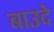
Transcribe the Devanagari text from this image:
बाउदे